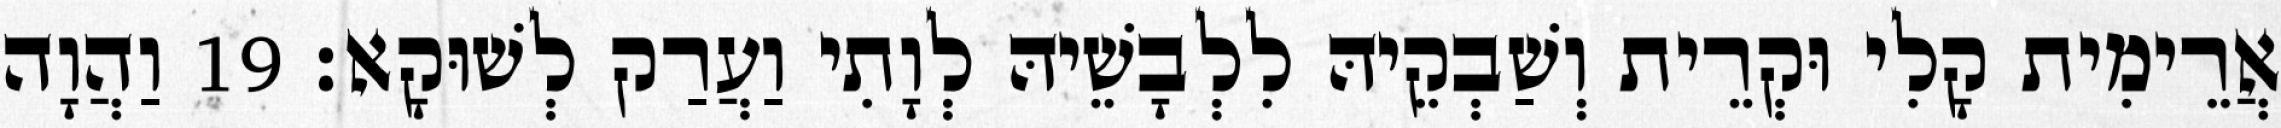
אֲרֵימִית קָלִי וּקְרֵית וְשַׁבְקֵיהּ לִלְבָשֵׁיהּ לְוָתִי וַעֲרַק לְשׁוּקָא׃ 19 וַהֲוָה